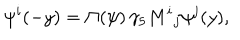
LaTeX: \psi ^ { i } ( - y ) = \Pi ( \psi ) \, \gamma _ { 5 } M ^ { i } { } _ { j } \psi ^ { j } ( y ) ,